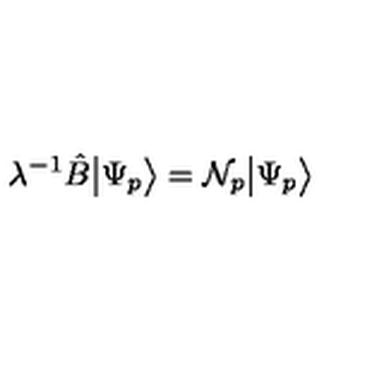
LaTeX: \lambda ^ { - 1 } \hat { B } \big | \Psi _ { p } \big > = { \cal N } _ { p } \big | \Psi _ { p } \big > \,